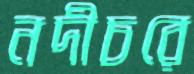
নদীচরে